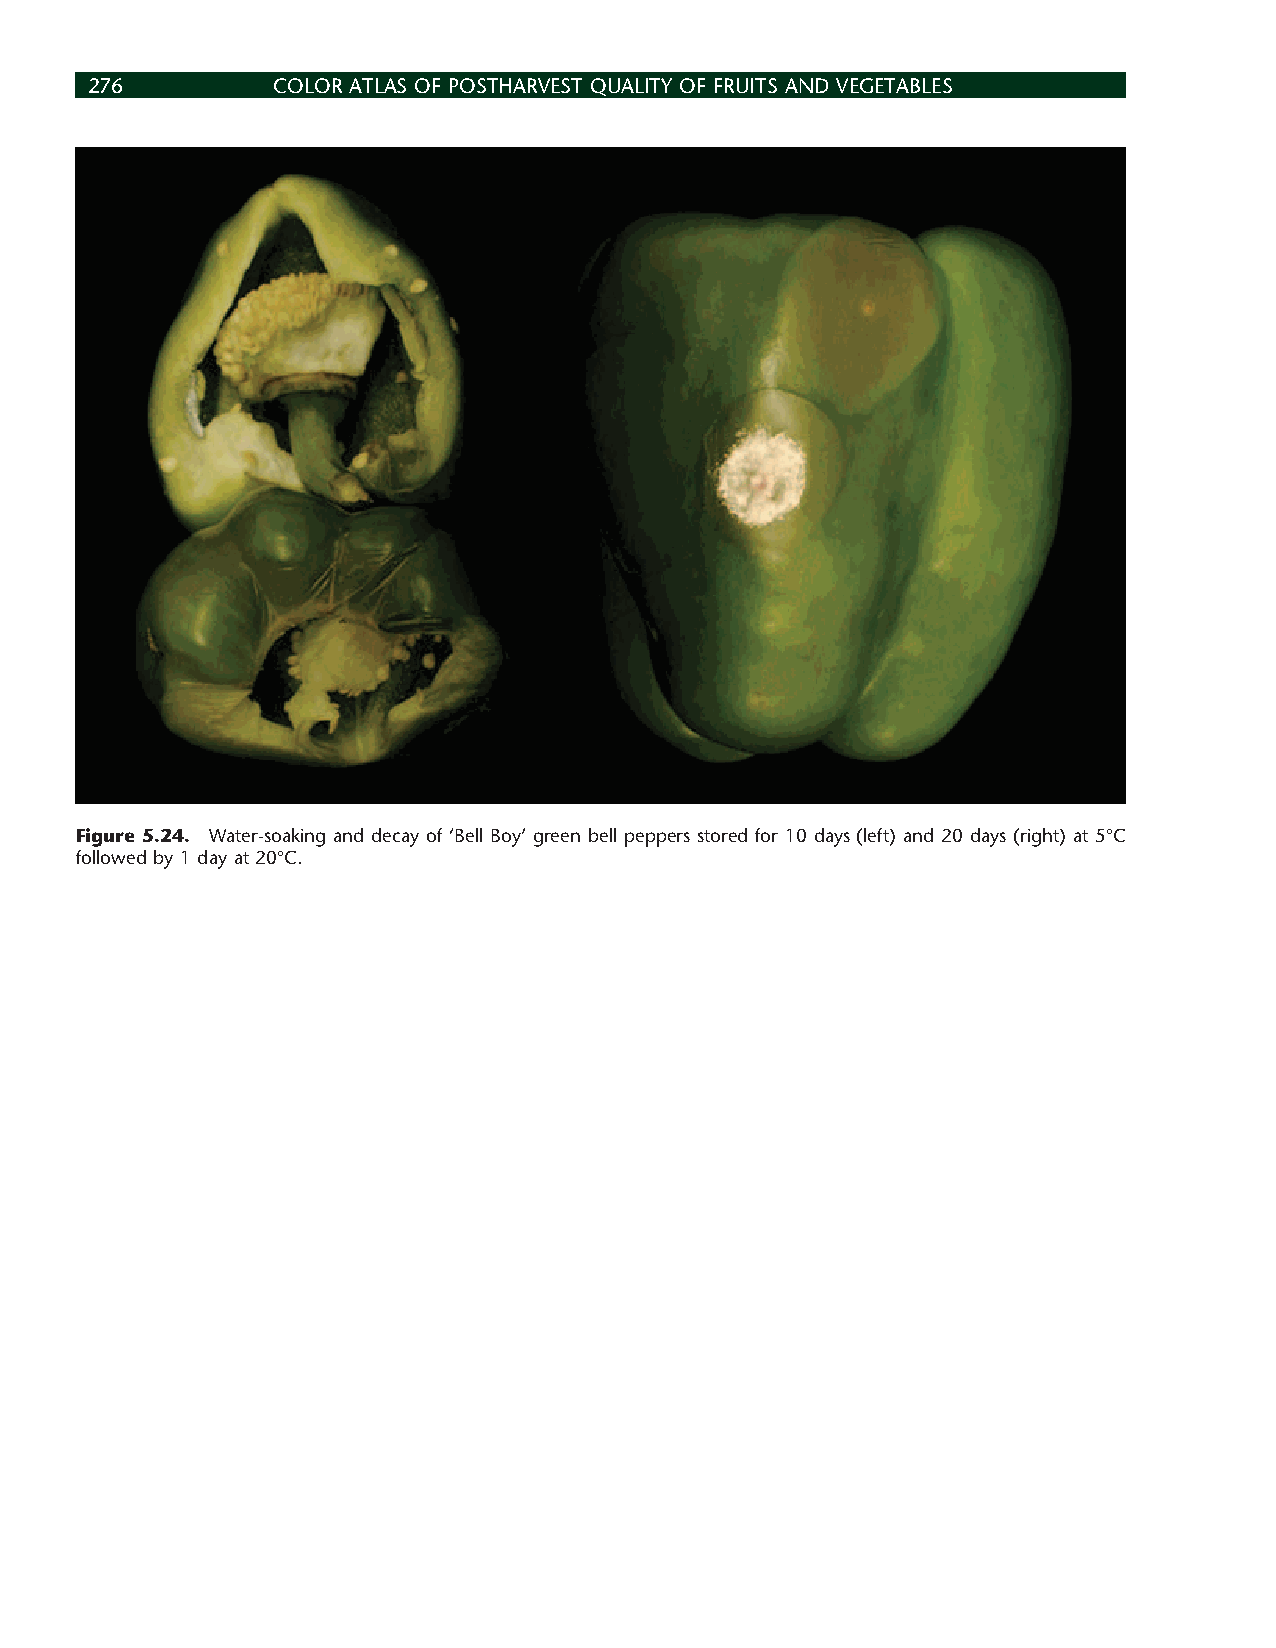
276         COLOR ATLAS OF POSTHARVEST QUALITY OF FRUITS AND VEGETABLES
 Figure 5.24. Water-soaking and decay of ‘Bell Boy’ green bell peppers stored for 10 days (left) and 20 days (right) at 5°C
 followed by 1 day at 20°C.